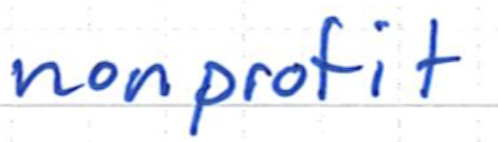
Text: nonprofit
Cross-out: clean
Writing tool: ballpoint